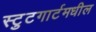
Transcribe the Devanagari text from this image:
स्टुटगार्टमधील